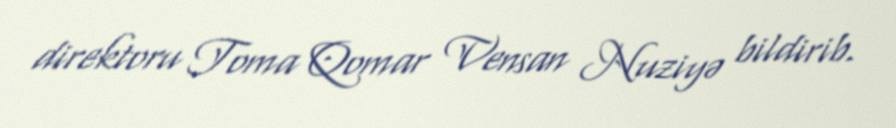
direktoru Toma Qomar Vensan Nuziyə bildirib.